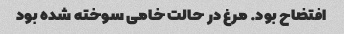
افتضاح بود. مرغ در حالت خامی سوخته شده بود